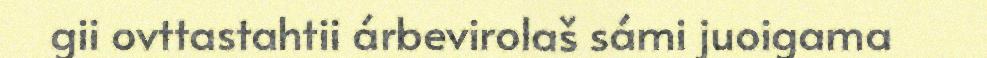
gii ovttastahtii árbevirolaš sámi juoigama